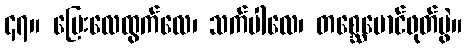
၄၇။ ပြေးလေထွက်လေ၊ သက်ပါလေ၊ တစ္ဆေမောင်ဖုတ်မွဲ။